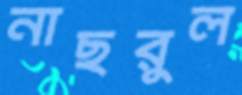
নাছরুল